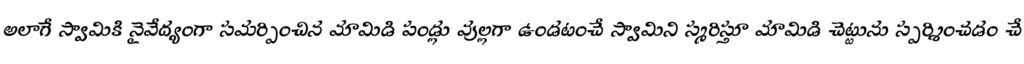
అలాగే స్వామికి నైవేద్యంగా సమర్పించిన మామిడి పండ్లు వుల్లగా ఉండటంచే స్వామిని స్మరిస్తూ మామిడి చెట్టును స్పర్శించడం చే